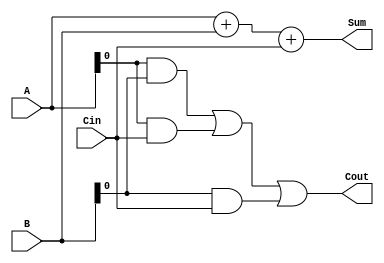
module CarrySaveAdder(
    input [31:0] A,
    input [31:0] B,
    input Cin,
    output [31:0] Sum,
    output Cout
);

reg [31:0] temp_sum;
reg [31:0] temp_carry;

assign Sum = temp_sum;
assign Cout = temp_carry;

always @(*) begin
    temp_sum = A + B + Cin;
    temp_carry = (A[0] & B[0]) | (A[0] & Cin) | (B[0] & Cin);
end

endmodule